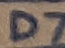
Text: D7